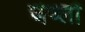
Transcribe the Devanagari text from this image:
जेव्लो